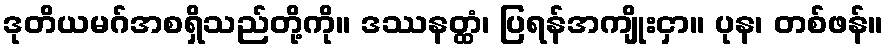
ဒုတိယမဂ်အစရှိသည်တို့ကို။ ဒဿနတ္ထံ၊ ပြရန်အကျိုးငှာ။ ပုန၊ တစ်ဖန်။